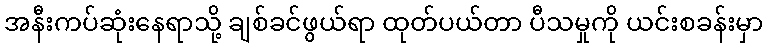
အနီးကပ်ဆုံးနေရာသို့ ချစ်ခင်ဖွယ်ရာ ထုတ်ပယ်တာ ပီသမှုကို ယင်းစခန်းမှာ